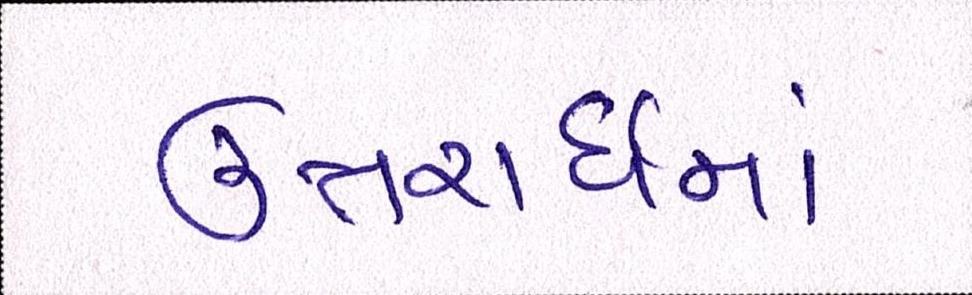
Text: ઉત્તરાર્ધમાં